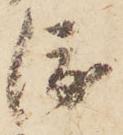
渡